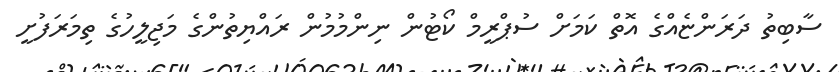
ސާބިތު ދަރަންޏެއްގެ އޮތް ކަމަށް ސުޕްރީމް ކޯޓުން ނިންމުމުން ރައްޔިތުންގެ މަޖިލީހުގެ ތިމަރަފުށީ